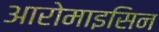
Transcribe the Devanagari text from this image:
आरोमाइसिन